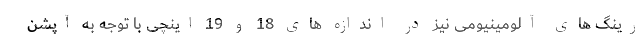
رینگ های آلومینیومی نیز در اندازه های 18 و 19 اینچی با توجه به آپشن